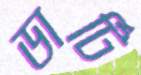
ডার্টি